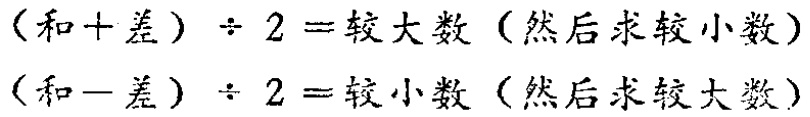
\((和 + 差) \div 2 = 较大数（然后求较小数）\)
\((和 - 差) \div 2 = 较小数（然后求较大数）\)